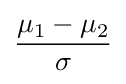
{\frac {\mu _{1}-\mu _{2}}{\sigma }}